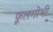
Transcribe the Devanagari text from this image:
फ़ूलगोभी